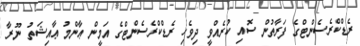
ރެޑްކްރެސެންޓްގެ ފަރާތުން ސޮއި ކުރެއްވީ ދިވެހި ރެޑްކްރެސެންޓްގެ އަމީން ޢާންމު ޢާއިޝަތު ނޫރާ